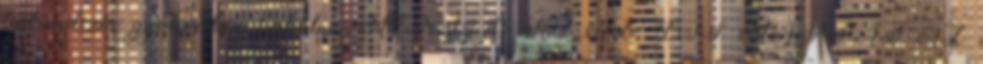
fájlrendszer gyökerében turkálni, MENTSD KI AZ EFS MAPPÁT AZ